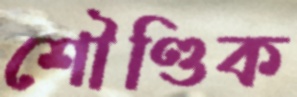
শৌণ্ডিক